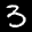
Label: 3